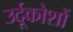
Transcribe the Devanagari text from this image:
उर्दूकोशों